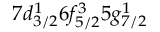
7 d _ { 3 / 2 } ^ { 1 } 6 f _ { 5 / 2 } ^ { 3 } 5 g _ { 7 / 2 } ^ { 1 }